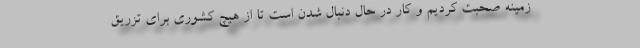
زمینه صحبت کردیم و کار در حال دنبال شدن است تا از هیچ کشوری برای تزریق